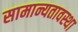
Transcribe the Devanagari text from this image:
सामान्यतावस्था